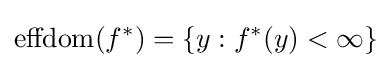
\mathrm {effdom} (f^{*})=\{y:f^{*}(y)<\infty \}